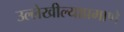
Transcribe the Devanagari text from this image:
उल्लेखील्याप्रमाणे